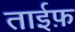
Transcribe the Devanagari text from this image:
ताईफ़